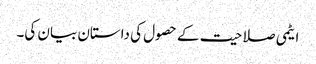
ایٹمی صلاحیت کے حصول کی داستان بیان کی۔